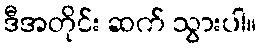
ဒီအတိုင်း ဆက် သွားပါ။